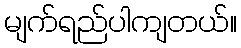
မျက်ရည်ပါကျတယ်။